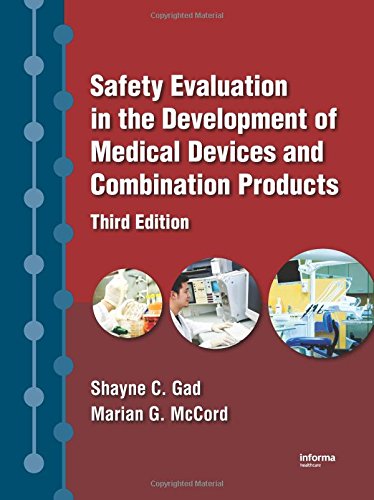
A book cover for Safety Evaluation in the Development of Medical Devices and Combination Products, Third Edition; Shayne C. Gad; Medical Books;